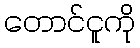
တောင်ငူကို